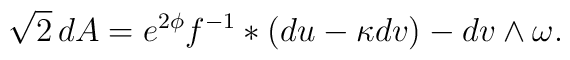
\sqrt{2}\,dA=e^{2\phi}f^{-1}\ast (du-\kappa dv) -dv\wedge\omega.